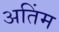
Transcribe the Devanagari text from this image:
अतिंम